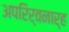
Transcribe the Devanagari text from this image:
अपरिर्वनार्ह